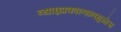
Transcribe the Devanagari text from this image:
व्याघ्रप्रकाल्पानमुळेच